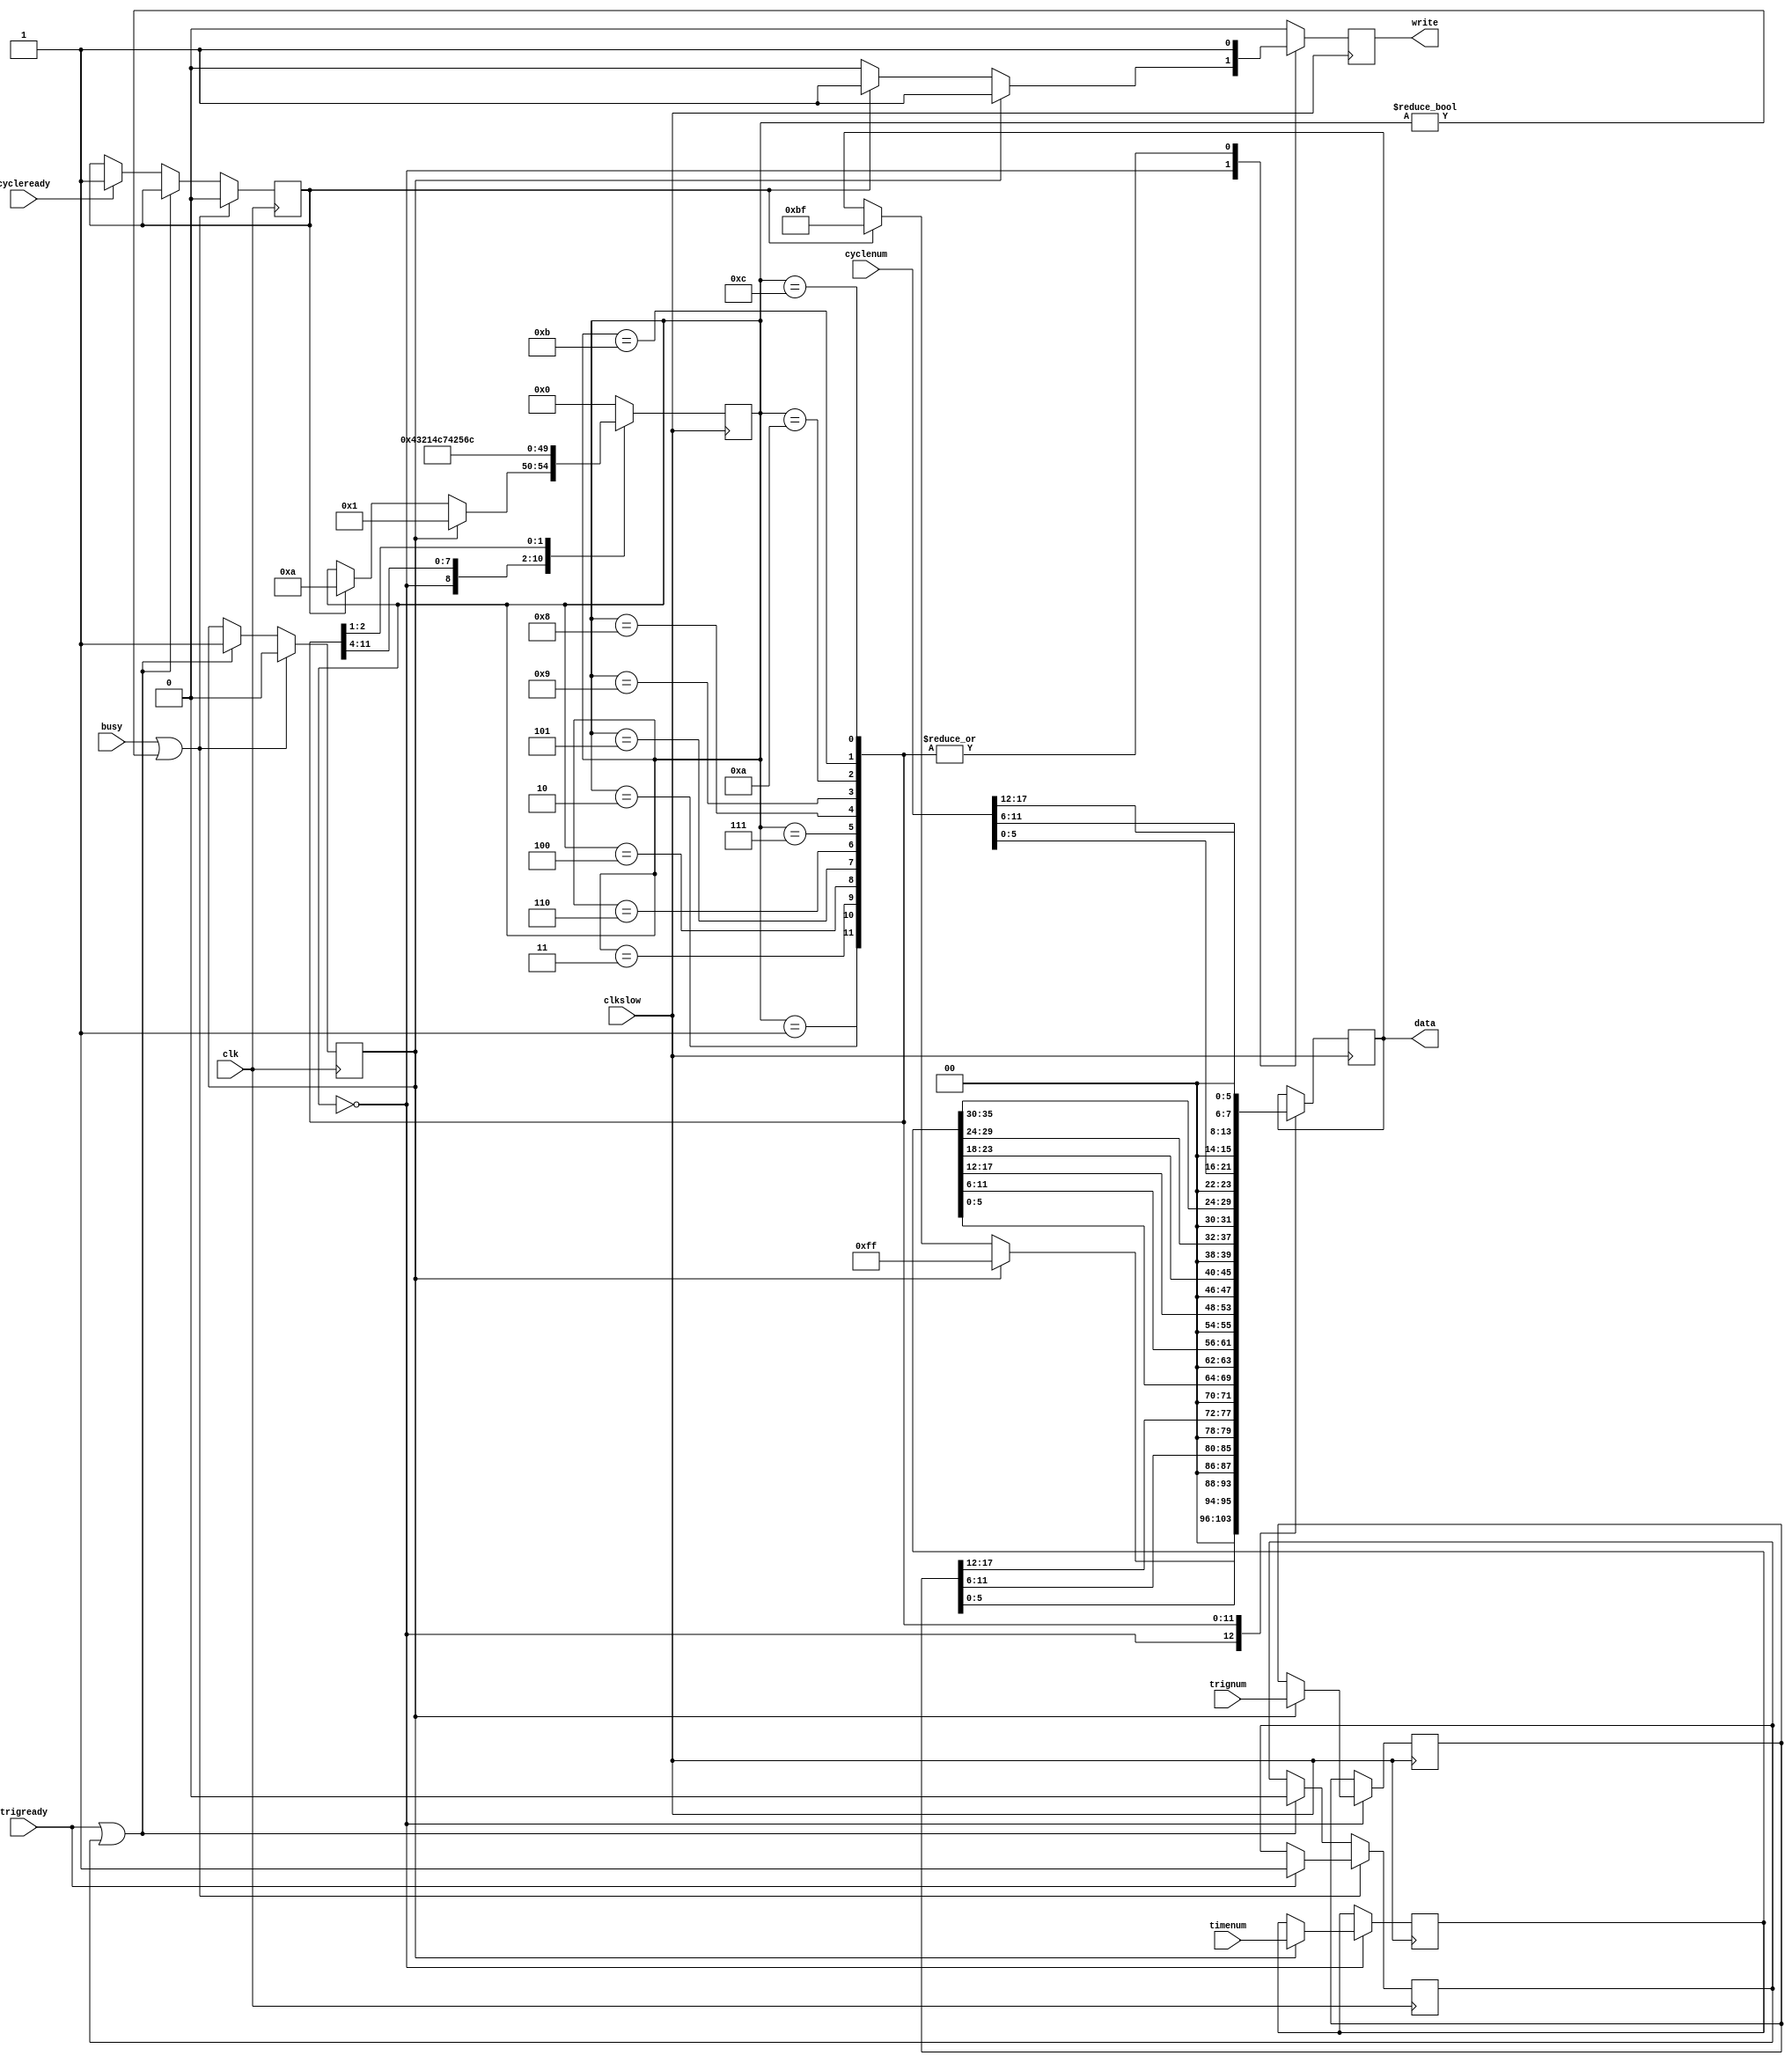
`timescale 1ns / 1ps
//////////////////////////////////////////////////////////////////////////////////
// Company: 	ITEP
// 
// Design Name: 	 timecnt
// Module Name:    pushit 
// Project Name: 	 drift4spascharm
// Target Devices: xc3s400-4pq208
// Tool versions: 
// Description:    Takes data from trigcnt and cycle cnt and form blocks for FIFO
//
// Dependencies: 
//
// Revision: 
// Revision 0.01 - File Created
// Additional Comments: 
//
//////////////////////////////////////////////////////////////////////////////////
module pushit(
    input clk,					// 160 MHz
    input clkslow,			// 40 MHz
    input trigready,			// trigger data is ready
    input cycleready,		// cycle data is ready
    input [17:0] trignum,	// trigger number
    input [17:0] cyclenum,	// cycle number
    input [35:0] timenum,	// trigger time
	 input busy,				// FIFO is full
    output reg [7:0] data = 0,		// Data to FIFO
    output reg write = 0	// strob accomplishing data
    );

	 reg [4:0] state = 0;
	 reg cycle = 0;
	 reg trigger = 0;
	 reg trig_save = 0;
	 reg [17:0] num_save = 0;
	 reg [35:0] time_save = 0;
	 
	 always @(posedge clk) begin
		 if (busy || (state != 0)) begin
			cycle <= 0;
			trigger <= 0;
			if (trigready) begin
				trig_save <= 1;
			end
		 end else if (trigready || trig_save) begin
			trigger <= 1;
			trig_save <= 0;
		 end else if (cycleready) begin
			cycle <= 1;
		 end
		 
	 end
	 
	 always @(posedge clkslow) begin
		write <= 0;
		case (state) 
		0 : begin
			if (trigger) begin
				data <= 8'hFF;
				write <= 1;
				state <= 1;
				num_save <= trignum;
				time_save <= timenum;
			end else if (cycle) begin
				data <= 8'hBF;
				write <= 1;
				state <= 10;		
			end
			end
		1 : begin
				data <= num_save[5:0];
				write <= 1;
				state <= 2;		
			end
		2 : begin
				data <= num_save[11:6];
				write <= 1;
				state <= 3;		
			end
		3 : begin
				data <= num_save[17:12];
				write <= 1;
				state <= 4;		
			end
		4 : begin
				data <= time_save[5:0];
				write <= 1;
				state <= 5;		
			end
		5 : begin
				data <= time_save[11:6];
				write <= 1;
				state <= 6;		
			end
		6 : begin
				data <= time_save[17:12];
				write <= 1;
				state <= 7;		
			end
		7 : begin
				data <= time_save[23:18];
				write <= 1;
				state <= 8;		
			end
		8 : begin
				data <= time_save[29:24];
				write <= 1;
				state <= 9;		
			end
		9 : begin
				data <= time_save[35:30];
				write <= 1;
				state <= 0;		
			end
   	10 : begin
				data <= cyclenum[5:0];
				write <= 1;
				state <= 11;		
			end
   	11 : begin
				data <= cyclenum[11:6];
				write <= 1;
				state <= 12;		
			end
   	12 : begin
				data <= cyclenum[17:12];
				write <= 1;
				state <= 0;		
			end
		default: begin
			state <= 0;
			end	
		endcase
	 end

endmodule